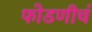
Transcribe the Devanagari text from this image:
फोडणीचं